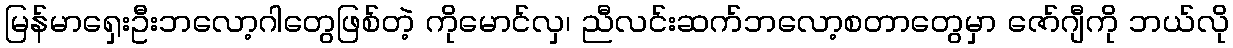
မြန်မာရှေးဦးဘလော့ဂါတွေဖြစ်တဲ့ ကိုမောင်လှ၊ ညီလင်းဆက်ဘလော့စတာတွေမှာ ဇော်ဂျီကို ဘယ်လို